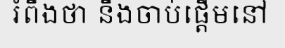
រំពឹងថា នឹងចាប់ផ្តើមនៅ